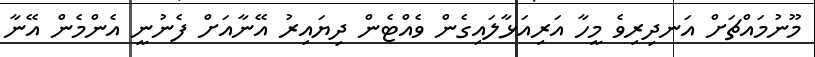
މޫނުމައްޗަށް އަނދިރިވެ މީހާ އަރިއަޅާލައިގެން ވެއްޓެން ދިޔައިރު އޭނާއަށް ފެނުނީ އެންމެން އޭނާ